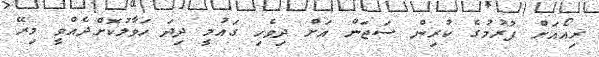
ރިއޯއަށް ފުރުމުގެ ކުރިން ސަޖަން އަށް ދިވެހި ގައުމީ ދިދަ ހަވާލުކޮށްދެއްވީ މިރޭ